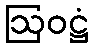
ဩဝဋ္ဌံ